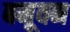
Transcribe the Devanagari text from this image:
बनूवन